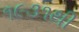
૧૯૩૧થી